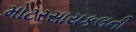
મોટરસાયકલની